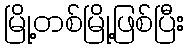
မြို့တစ်မြို့ဖြစ်ပြီး